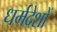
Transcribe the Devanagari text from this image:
धर्मदेशों